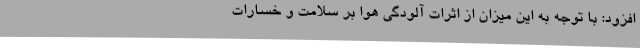
افزود: با توجه به این میزان از اثرات آلودگی هوا بر سلامت و خسارات